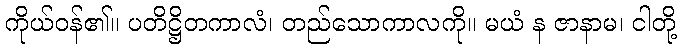
ကိုယ်ဝန်၏။ ပတိဋ္ဌိတကာလံ၊ တည်သောကာလကို။ မယံ န ဇာနာမ၊ ငါတို့